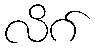
လိဂ်